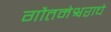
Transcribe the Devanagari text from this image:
गौतमेश्वराचे